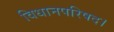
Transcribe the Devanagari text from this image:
विधानपरिषद।